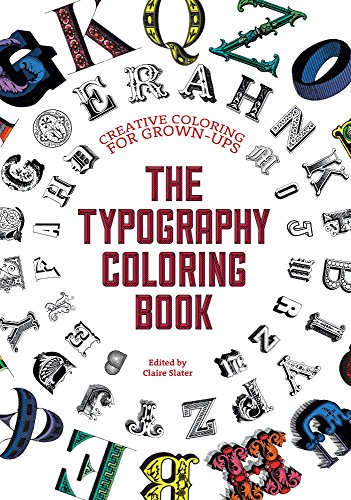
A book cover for The Typography Coloring Book: Creative Coloring for Grown-ups; Gillian Johnson; Arts & Photography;